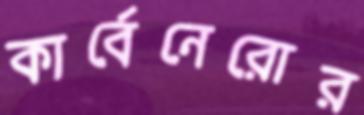
কার্বেনেরোর